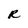
Character: R